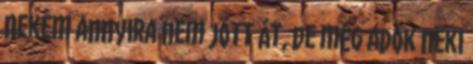
Nekem annyira nem jött át, de még adok neki